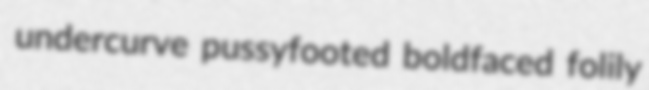
undercurve pussyfooted boldfaced folily